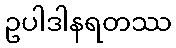
ဥပါဒါနရတဿ